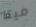
ميتا